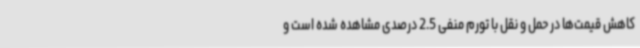
کاهش قیمت‌ها در حمل و نقل با تورم منفی 2.5 درصدی مشاهده شده است و